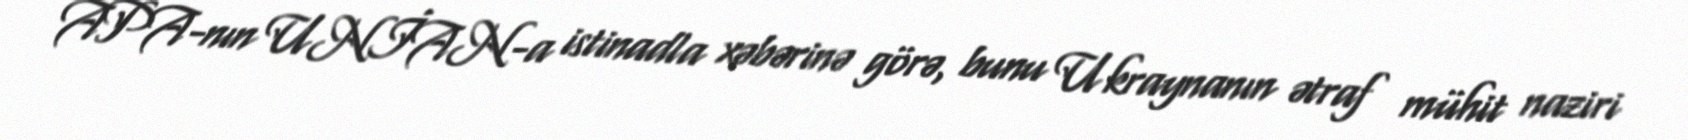
APA-nın UNİAN-a istinadla xəbərinə görə, bunu Ukraynanın ətraf mühit naziri